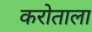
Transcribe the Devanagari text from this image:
करोताला